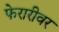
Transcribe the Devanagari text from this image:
फेरारीवर